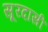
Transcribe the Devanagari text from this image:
सूरदासी